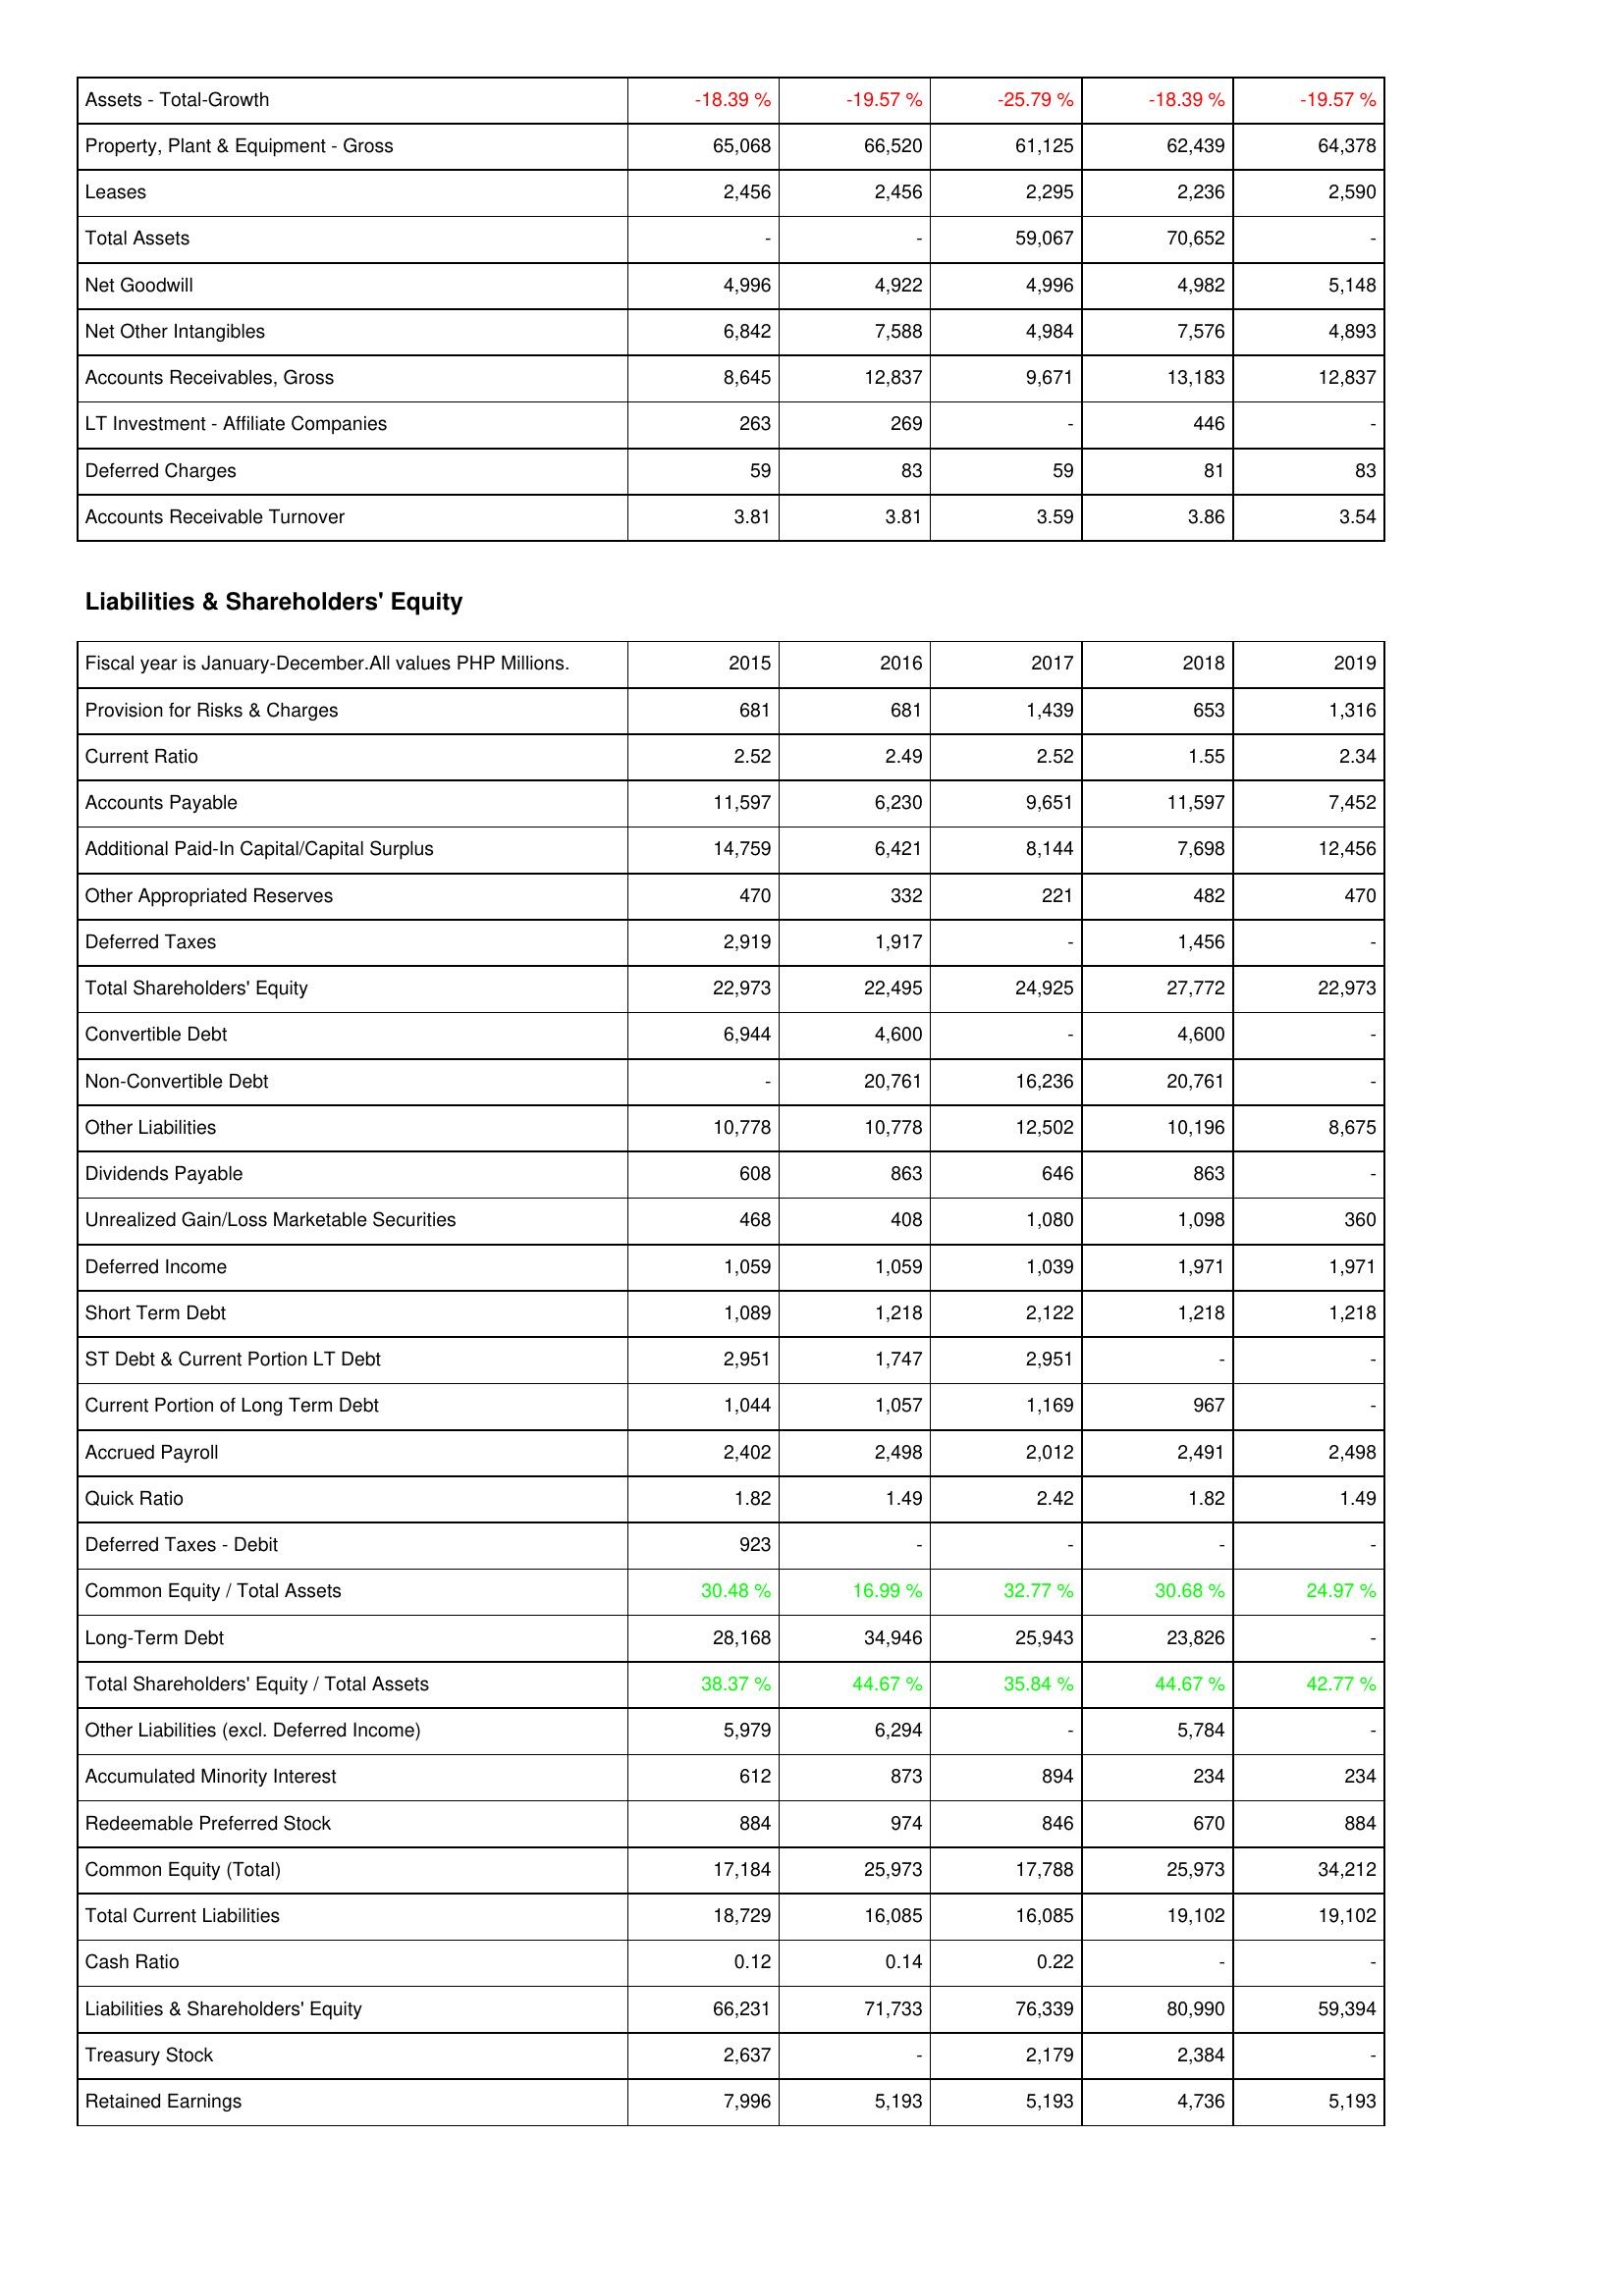
2015: Assets: Assets - Total-Growth: -18.39 %
Property, Plant & Equipment - Gross: 65,068
Leases: 2,456
Total Assets: -
Net Goodwill: 4,996
Net Other Intangibles: 6,842
Accounts Receivables, Gross: 8,645
LT Investment - Affiliate Companies: 263
Deferred Charges: 59
Accounts Receivable Turnover: 3.81
Liabilities & Shareholders' Equity: Provision for Risks & Charges: 681
Current Ratio: 2.52
Accounts Payable: 11,597
Additional Paid-In Capital/Capital Surplus: 14,759
Other Appropriated Reserves: 470
Deferred Taxes: 2,919
Total Shareholders' Equity: 22,973
Convertible Debt: 6,944
Non-Convertible Debt: -
Other Liabilities: 10,778
Dividends Payable: 608
Unrealized Gain/Loss Marketable Securities: 468
Deferred Income: 1,059
Short Term Debt: 1,089
ST Debt & Current Portion LT Debt: 2,951
Current Portion of Long Term Debt: 1,044
Accrued Payroll: 2,402
Quick Ratio: 1.82
Deferred Taxes - Debit: 923
Common Equity / Total Assets: 30.48 %
Long-Term Debt: 28,168
Total Shareholders' Equity / Total Assets: 38.37 %
Other Liabilities (excl. Deferred Income): 5,979
Accumulated Minority Interest: 612
Redeemable Preferred Stock: 884
Common Equity (Total): 17,184
Total Current Liabilities: 18,729
Cash Ratio: 0.12
Liabilities & Shareholders' Equity: 66,231
Treasury Stock: 2,637
Retained Earnings: 7,996
2016: Assets: Assets - Total-Growth: -19.57 %
Property, Plant & Equipment - Gross: 66,520
Leases: 2,456
Total Assets: -
Net Goodwill: 4,922
Net Other Intangibles: 7,588
Accounts Receivables, Gross: 12,837
LT Investment - Affiliate Companies: 269
Deferred Charges: 83
Accounts Receivable Turnover: 3.81
Liabilities & Shareholders' Equity: Provision for Risks & Charges: 681
Current Ratio: 2.49
Accounts Payable: 6,230
Additional Paid-In Capital/Capital Surplus: 6,421
Other Appropriated Reserves: 332
Deferred Taxes: 1,917
Total Shareholders' Equity: 22,495
Convertible Debt: 4,600
Non-Convertible Debt: 20,761
Other Liabilities: 10,778
Dividends Payable: 863
Unrealized Gain/Loss Marketable Securities: 408
Deferred Income: 1,059
Short Term Debt: 1,218
ST Debt & Current Portion LT Debt: 1,747
Current Portion of Long Term Debt: 1,057
Accrued Payroll: 2,498
Quick Ratio: 1.49
Deferred Taxes - Debit: -
Common Equity / Total Assets: 16.99 %
Long-Term Debt: 34,946
Total Shareholders' Equity / Total Assets: 44.67 %
Other Liabilities (excl. Deferred Income): 6,294
Accumulated Minority Interest: 873
Redeemable Preferred Stock: 974
Common Equity (Total): 25,973
Total Current Liabilities: 16,085
Cash Ratio: 0.14
Liabilities & Shareholders' Equity: 71,733
Treasury Stock: -
Retained Earnings: 5,193
2017: Assets: Assets - Total-Growth: -25.79 %
Property, Plant & Equipment - Gross: 61,125
Leases: 2,295
Total Assets: 59,067
Net Goodwill: 4,996
Net Other Intangibles: 4,984
Accounts Receivables, Gross: 9,671
LT Investment - Affiliate Companies: -
Deferred Charges: 59
Accounts Receivable Turnover: 3.59
Liabilities & Shareholders' Equity: Provision for Risks & Charges: 1,439
Current Ratio: 2.52
Accounts Payable: 9,651
Additional Paid-In Capital/Capital Surplus: 8,144
Other Appropriated Reserves: 221
Deferred Taxes: -
Total Shareholders' Equity: 24,925
Convertible Debt: -
Non-Convertible Debt: 16,236
Other Liabilities: 12,502
Dividends Payable: 646
Unrealized Gain/Loss Marketable Securities: 1,080
Deferred Income: 1,039
Short Term Debt: 2,122
ST Debt & Current Portion LT Debt: 2,951
Current Portion of Long Term Debt: 1,169
Accrued Payroll: 2,012
Quick Ratio: 2.42
Deferred Taxes - Debit: -
Common Equity / Total Assets: 32.77 %
Long-Term Debt: 25,943
Total Shareholders' Equity / Total Assets: 35.84 %
Other Liabilities (excl. Deferred Income): -
Accumulated Minority Interest: 894
Redeemable Preferred Stock: 846
Common Equity (Total): 17,788
Total Current Liabilities: 16,085
Cash Ratio: 0.22
Liabilities & Shareholders' Equity: 76,339
Treasury Stock: 2,179
Retained Earnings: 5,193
2018: Assets: Assets - Total-Growth: -18.39 %
Property, Plant & Equipment - Gross: 62,439
Leases: 2,236
Total Assets: 70,652
Net Goodwill: 4,982
Net Other Intangibles: 7,576
Accounts Receivables, Gross: 13,183
LT Investment - Affiliate Companies: 446
Deferred Charges: 81
Accounts Receivable Turnover: 3.86
Liabilities & Shareholders' Equity: Provision for Risks & Charges: 653
Current Ratio: 1.55
Accounts Payable: 11,597
Additional Paid-In Capital/Capital Surplus: 7,698
Other Appropriated Reserves: 482
Deferred Taxes: 1,456
Total Shareholders' Equity: 27,772
Convertible Debt: 4,600
Non-Convertible Debt: 20,761
Other Liabilities: 10,196
Dividends Payable: 863
Unrealized Gain/Loss Marketable Securities: 1,098
Deferred Income: 1,971
Short Term Debt: 1,218
ST Debt & Current Portion LT Debt: -
Current Portion of Long Term Debt: 967
Accrued Payroll: 2,491
Quick Ratio: 1.82
Deferred Taxes - Debit: -
Common Equity / Total Assets: 30.68 %
Long-Term Debt: 23,826
Total Shareholders' Equity / Total Assets: 44.67 %
Other Liabilities (excl. Deferred Income): 5,784
Accumulated Minority Interest: 234
Redeemable Preferred Stock: 670
Common Equity (Total): 25,973
Total Current Liabilities: 19,102
Cash Ratio: -
Liabilities & Shareholders' Equity: 80,990
Treasury Stock: 2,384
Retained Earnings: 4,736
2019: Assets: Assets - Total-Growth: -19.57 %
Property, Plant & Equipment - Gross: 64,378
Leases: 2,590
Total Assets: -
Net Goodwill: 5,148
Net Other Intangibles: 4,893
Accounts Receivables, Gross: 12,837
LT Investment - Affiliate Companies: -
Deferred Charges: 83
Accounts Receivable Turnover: 3.54
Liabilities & Shareholders' Equity: Provision for Risks & Charges: 1,316
Current Ratio: 2.34
Accounts Payable: 7,452
Additional Paid-In Capital/Capital Surplus: 12,456
Other Appropriated Reserves: 470
Deferred Taxes: -
Total Shareholders' Equity: 22,973
Convertible Debt: -
Non-Convertible Debt: -
Other Liabilities: 8,675
Dividends Payable: -
Unrealized Gain/Loss Marketable Securities: 360
Deferred Income: 1,971
Short Term Debt: 1,218
ST Debt & Current Portion LT Debt: -
Current Portion of Long Term Debt: -
Accrued Payroll: 2,498
Quick Ratio: 1.49
Deferred Taxes - Debit: -
Common Equity / Total Assets: 24.97 %
Long-Term Debt: -
Total Shareholders' Equity / Total Assets: 42.77 %
Other Liabilities (excl. Deferred Income): -
Accumulated Minority Interest: 234
Redeemable Preferred Stock: 884
Common Equity (Total): 34,212
Total Current Liabilities: 19,102
Cash Ratio: -
Liabilities & Shareholders' Equity: 59,394
Treasury Stock: -
Retained Earnings: 5,193